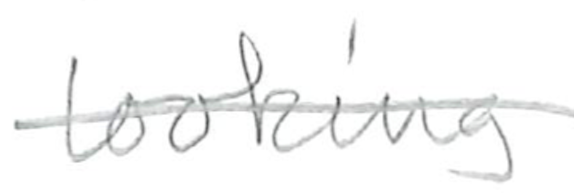
Text: looking
Cross-out: single-line
Writing tool: pencil